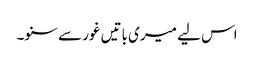
اس لیے میری باتیں غور سے سنو۔